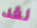
لقد